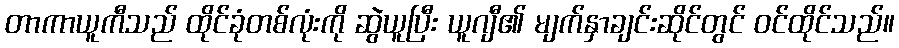
တာကာယူကီသည် ထိုင်ခုံတစ်လုံးကို ဆွဲယူပြီး ယူဂျီ၏ မျက်နှာချင်းဆိုင်တွင် ဝင်ထိုင်သည်။